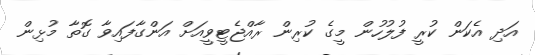
އަދި އެކަން ކުރީ ފުލުހުން މީގެ ކުރިން ރާއްޖެޓީވީއަށް އަންގާފައިވާ ގޮތާ މުޅިން